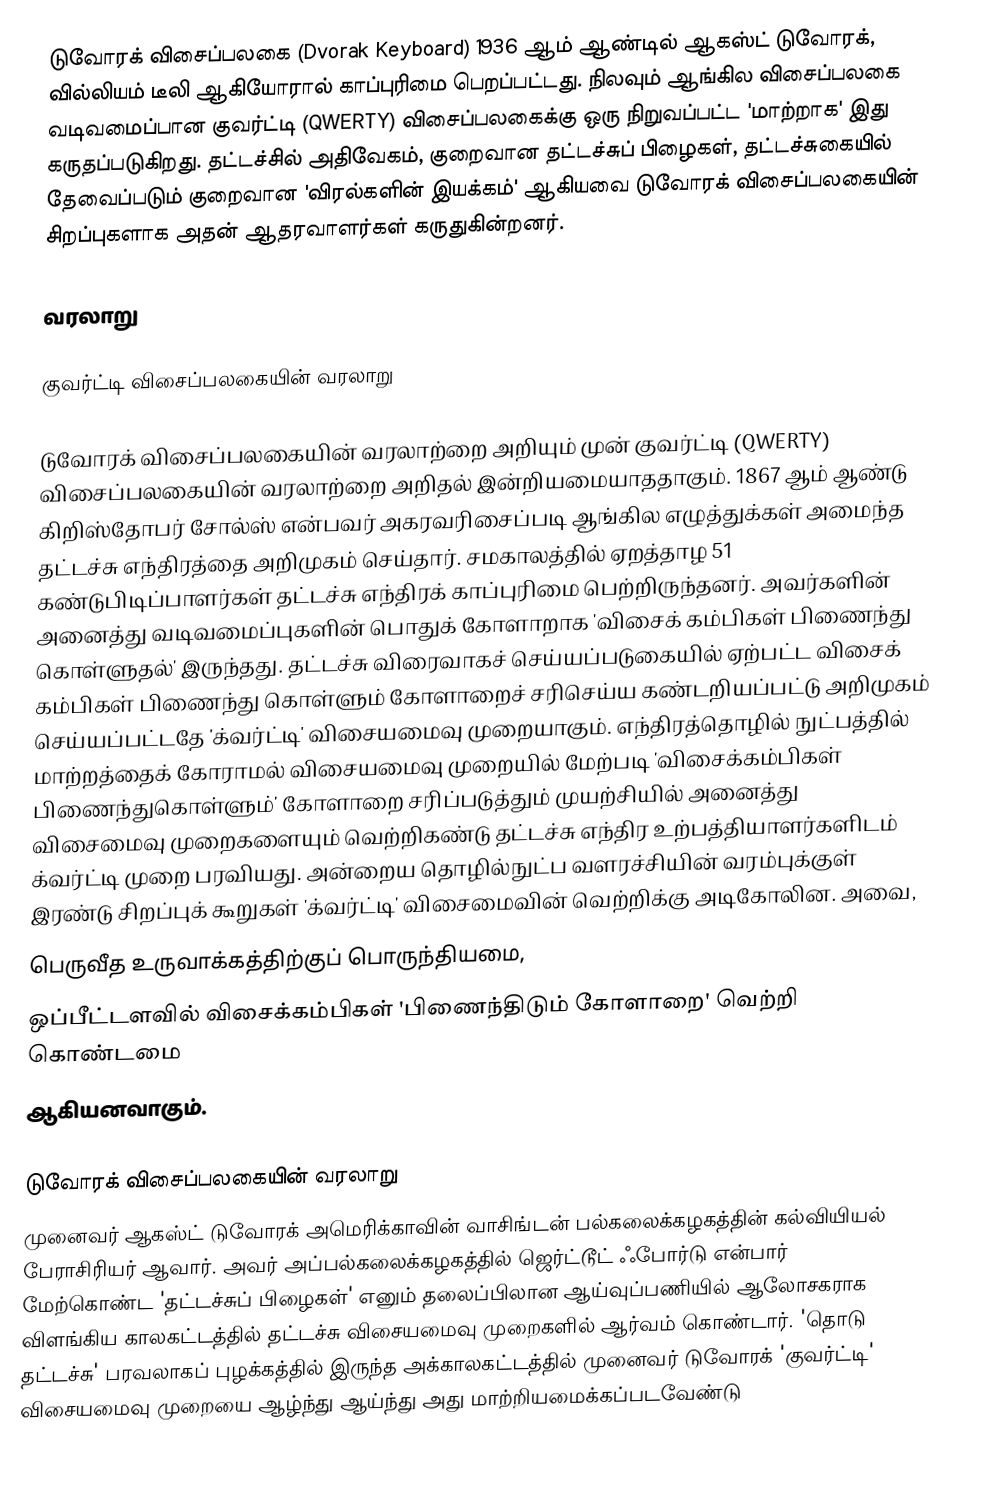
டுவோரக் விசைப்பலகை (Dvorak Keyboard) 1936 ஆம் ஆண்டில் ஆகஸ்ட் டுவோரக், வில்லியம் டீலி ஆகியோரால் காப்புரிமை பெறப்பட்டது. நிலவும் ஆங்கில விசைப்பலகை வடிவமைப்பான குவர்ட்டி (QWERTY) விசைப்பலகைக்கு ஒரு நிறுவப்பட்ட 'மாற்றாக' இது கருதப்படுகிறது. தட்டச்சில் அதிவேகம், குறைவான தட்டச்சுப் பிழைகள், தட்டச்சுகையில் தேவைப்படும் குறைவான  'விரல்களின் இயக்கம்' ஆகியவை டுவோரக் விசைப்பலகையின் சிறப்புகளாக அதன் ஆதரவாளர்கள் கருதுகின்றனர்.

வரலாறு

குவர்ட்டி விசைப்பலகையின் வரலாறு

டுவோரக் விசைப்பலகையின் வரலாற்றை அறியும் முன் குவர்ட்டி (QWERTY) விசைப்பலகையின் வரலாற்றை அறிதல் இன்றியமையாததாகும். 1867 ஆம் ஆண்டு கிறிஸ்தோபர் சோல்ஸ் என்பவர் அகரவரிசைப்படி ஆங்கில எழுத்துக்கள் அமைந்த தட்டச்சு எந்திரத்தை அறிமுகம் செய்தார். சமகாலத்தில் ஏறத்தாழ 51 கண்டுபிடிப்பாளர்கள் தட்டச்சு எந்திரக் காப்புரிமை பெற்றிருந்தனர். அவர்களின் அனைத்து வடிவமைப்புகளின் பொதுக் கோளாறாக 'விசைக் கம்பிகள் பிணைந்து கொள்ளுதல்' இருந்தது. தட்டச்சு விரைவாகச் செய்யப்படுகையில் ஏற்பட்ட விசைக் கம்பிகள் பிணைந்து கொள்ளும் கோளாறைச் சரிசெய்ய கண்டறியப்பட்டு அறிமுகம் செய்யப்பட்டதே 'க்வர்ட்டி' விசையமைவு முறையாகும். எந்திரத்தொழில் நுட்பத்தில் மாற்றத்தைக் கோராமல் விசையமைவு முறையில் மேற்படி 'விசைக்கம்பிகள் பிணைந்துகொள்ளும்' கோளாறை சரிப்படுத்தும் முயற்சியில் அனைத்து விசைமைவு முறைகளையும் வெற்றிகண்டு தட்டச்சு எந்திர உற்பத்தியாளர்களிடம் க்வர்ட்டி முறை பரவியது.  அன்றைய தொழில்நுட்ப வளரச்சியின் வரம்புக்குள் இரண்டு சிறப்புக் கூறுகள் 'க்வர்ட்டி' விசைமைவின் வெற்றிக்கு அடிகோலின. அவை,
 பெருவீத உருவாக்கத்திற்குப் பொருந்தியமை,
 ஒப்பீட்டளவில் விசைக்கம்பிகள் 'பிணைந்திடும் கோளாறை' வெற்றி கொண்டமை
ஆகியனவாகும்.

டுவோரக் விசைப்பலகையின் வரலாறு
முனைவர் ஆகஸ்ட் டுவோரக் அமெரிக்காவின் வாசிங்டன் பல்கலைக்கழகத்தின் கல்வியியல் பேராசிரியர் ஆவார். அவர் அப்பல்கலைக்கழகத்தில் ஜெர்ட்டூட் ஃபோர்டு என்பார் மேற்கொண்ட 'தட்டச்சுப் பிழைகள்' எனும் தலைப்பிலான ஆய்வுப்பணியில் ஆலோசகராக விளங்கிய காலகட்டத்தில் தட்டச்சு விசையமைவு முறைகளில் ஆர்வம்  கொண்டார். 'தொடு தட்டச்சு' பரவலாகப் புழக்கத்தில் இருந்த அக்காலகட்டத்தில் முனைவர் டுவோரக் 'குவர்ட்டி' விசையமைவு முறையை ஆழ்ந்து ஆய்ந்து அது மாற்றியமைக்கப்படவேண்டு